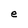
Character: e